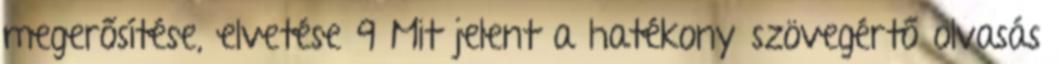
megerősítése, elvetése 9 Mit jelent a hatékony szövegértő olvasás